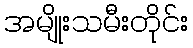
အမျိုးသမီးတိုင်း